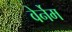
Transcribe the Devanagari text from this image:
वेर्नेम